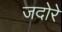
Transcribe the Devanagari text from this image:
जदोरे